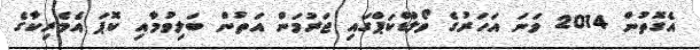
އެގޮތުން 2014 ވަނަ އަހަރުގެ ވޯލްޑްކަޕްގައި ޖަރުމަން އަތުން ބަލިވުމާއި ކޮޕަ އެމެރިކާގެ